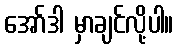
အော်ဒါ မှာချင်လို့ပါ။